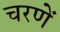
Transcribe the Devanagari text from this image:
चरणें